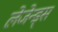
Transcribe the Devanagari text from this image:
लेजेन्ड्स